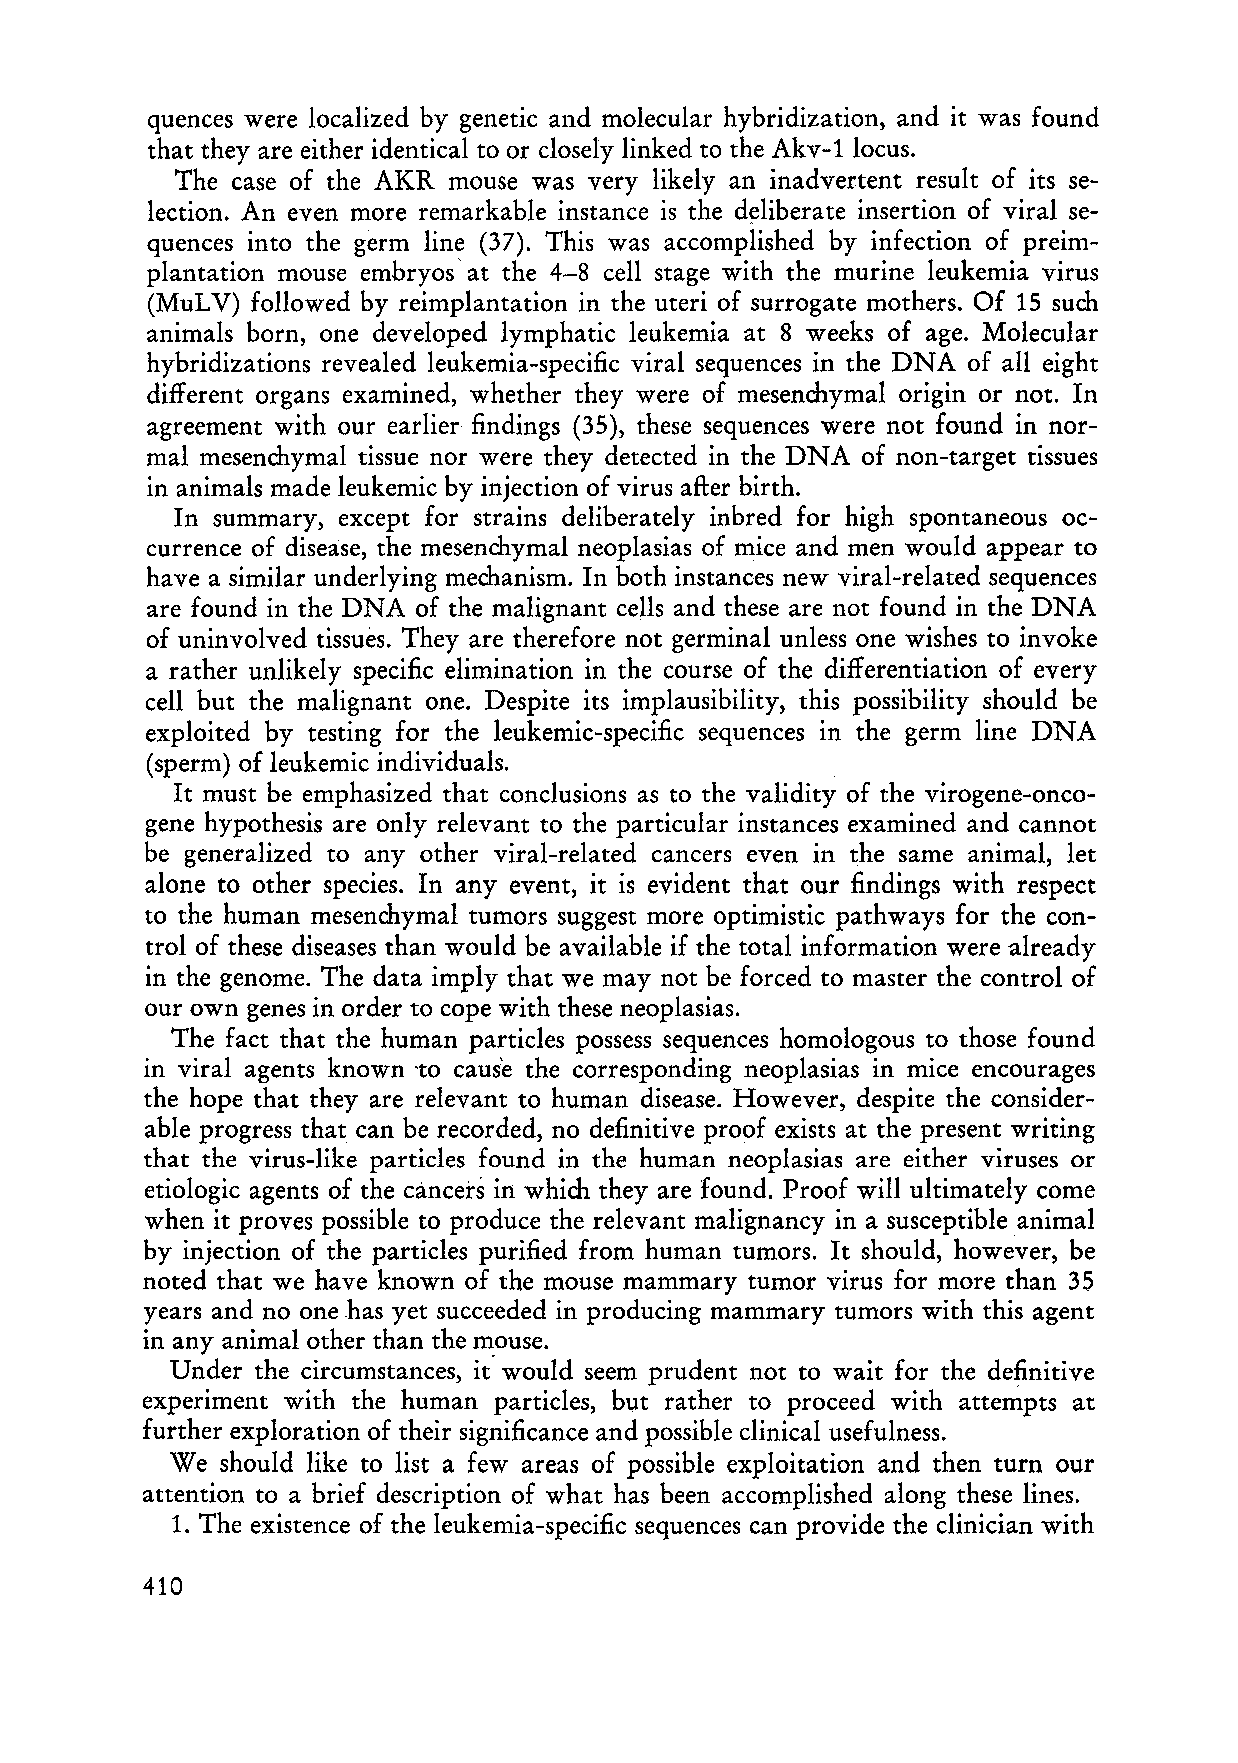
quences were localized by genetic alld molecular hybridization, and it was found
 that they are either identical to or closely linked to the Akv-1 locus.
 The case of the AKR mouse was very likely an inadvertent result of its se
 lection. An even more remarkable instance is the d~liberate insertion of viral se
 quences into the germ line (37). This was accomplished by infection of preim
 plantation mouse embryos' at the 4-8 ceIl stage with the murine leukemia virus
 (MuLV) foIlowed by reimplantation in the uteri of surrogate mothers. Of 15 such
 animals born, one developed lymphatic leukemia at 8 weeks of age. Molecular
 hybridizations revealed leukemia-specific viral sequences in the DNA of all eight
 different organs examined, whether they were of mesenchymal origin or not. In
 agreement with our earlier findings (35), these sequences were not found in nor
 mal mesenchymal tissue nor were they detected in the DNA of non-target tissues
 in animals made leukemic by injection of virus afler birth.
 In summary, except for strains deliberately inbred for high spontaneous oc
 currence of disease, the mesenchymal neoplasias of mice and men would appear to
 have a similar underlying mechanism. In both instances new viral-related sequences
 are found in the DNA of the malignant cells and these are not found in the DNA
 of uninvolved tissues. They are therefore not germinal unless one wishes to invoke
 a rather unlikely specific elimination in the course of the differentiation of every
 cell but the malignant one. Despite its implausibility, this possibility should be
 exploited by testing for the leukemic-specific sequences in the germ line DNA
 (sperm) of leukemic individuals.
 I t must be emphasized that conclusions as to the validity of the virogene-onco
 gene hypothesis are only relevant to the particular instances examined and cannot
 be generalized to any other viral-related cancers even in the same animal, let
 alone to other species. In any event, it is evident that our findings with respect
 to the human mesenchymal tumors suggest more optimistic pathways for the con
 trol of these diseases than would be available if the total information were already
 in the genome. The data imply that we may not be forced to master the control of
 our own genes in order to cope with these neoplasias.
 The fact that the human particles possess sequences homologous to those found
 in viral agents known 'to cause the corresponding neoplasias in mice encourages
 the hope that they are relevant to human disease. However, despite the consider
 able progress that can be recorded, no definitive proof exists at the present writing
 that the virus-like particles found in the human neoplasias are either viruses or
 etiologic agents of the cancers in which they are found. Proof will ultimately come
 when it proves possible to produce the relevant malignancy in a susceptible animal
 by injection of the particles purified from human tumors. It should, however, be
 noted that we have known of the mouse mammary tumor virus for more than 35
 years and no onehas yet succeeded in producing mammary tumors with this agent
 in any animalother than the mouse.
 Under the circumstances, it" would seem prudent not to wait for the definitive
 experiment with the human particles, but rather to proceed with attempts at
 further exploration of their significance and possible clinical usefulness.
 We  should like to list a few areas of possible exploitation and then turn our
 attention to abrief description of what has been accomplished along these lines.
 1. The existence of the leukemia-specific sequences can provide the clinician with
 410